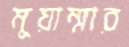
মুয়াম্মার